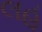
લહૂ